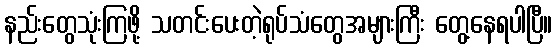
နည်းတွေသုံးကြဖို့ သတင်းပေးတဲ့ရုပ်သံတွေအများကြီး တွေ့နေရပါပြီ။